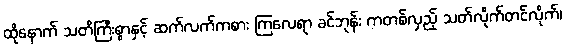
ထိုနောက် သတိကြီးစွာနှင့် ဆက်လက်ကစား ကြလေရာ ခင်ဘုန်း ကတစ်လှည့် သတ်လိုက်တင်လိုက်၊